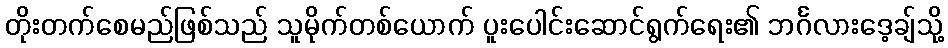
တိုးတက်စေမည်ဖြစ်သည် သူမိုက်တစ်ယောက် ပူးပေါင်းဆောင်ရွက်ရေး၏ ဘင်္ဂလားဒေ့ချ်သို့